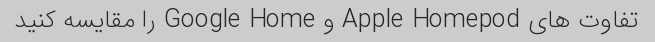
تفاوت های Apple Homepod و Google Home را مقایسه کنید